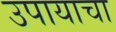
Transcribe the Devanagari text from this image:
उपायाचा